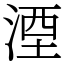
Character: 湮